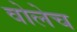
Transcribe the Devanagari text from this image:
वोलेच